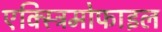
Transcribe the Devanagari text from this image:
एक्स्ट्रिमोफाइल